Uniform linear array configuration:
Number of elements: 32
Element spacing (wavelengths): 0.75
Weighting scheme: exponential
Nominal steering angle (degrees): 45
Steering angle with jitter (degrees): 45.114
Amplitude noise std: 0.05
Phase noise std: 0.05

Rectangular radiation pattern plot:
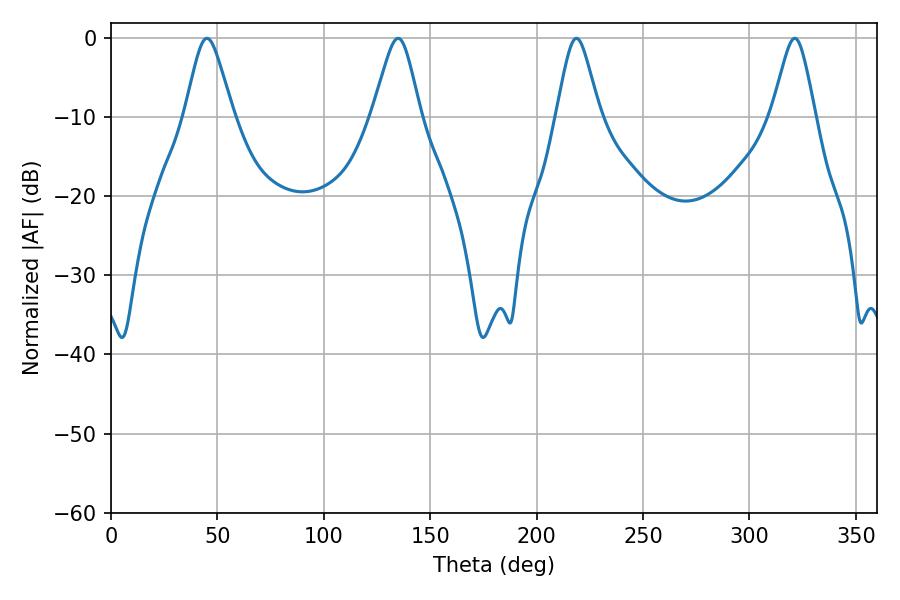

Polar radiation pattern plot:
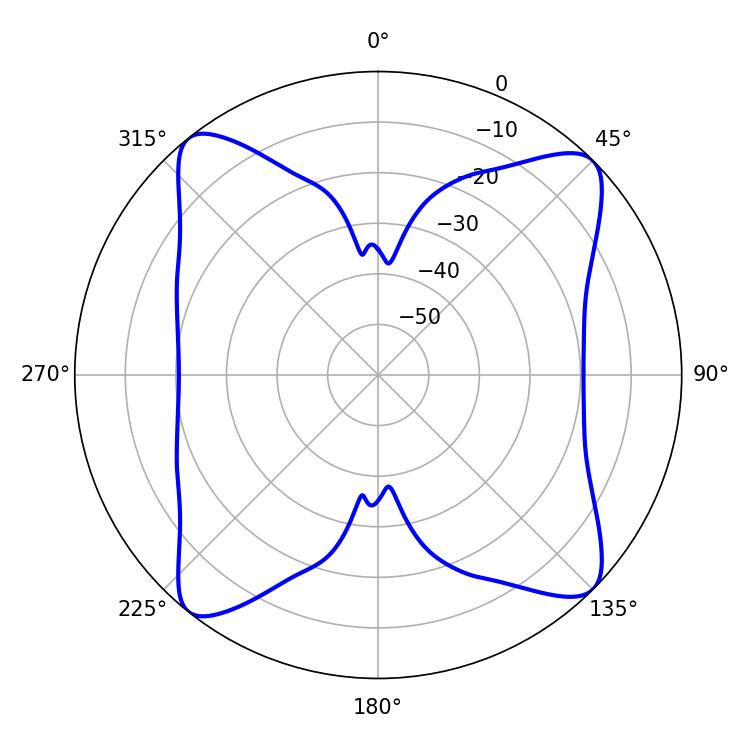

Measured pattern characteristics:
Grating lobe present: TRUE
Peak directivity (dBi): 15.123
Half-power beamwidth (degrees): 9.72
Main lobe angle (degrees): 218.7